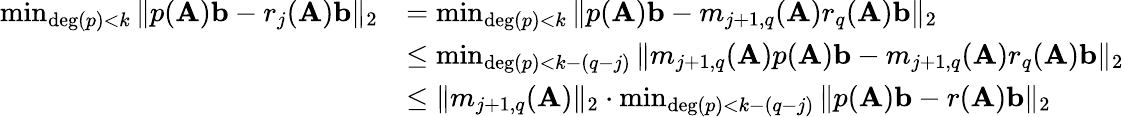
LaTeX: \begin{array}{rl}{\operatorname*{min}_{\mathrm{deg}(p)<k}\| p(\mathbf{A})\mathbf{b}-r_{j}(\mathbf{A})\mathbf{b}\| _{2}}&{=\operatorname*{min}_{\mathrm{deg}(p)<k}\| p(\mathbf{A})\mathbf{b}-m_{j+1,q}(\mathbf{A})r_{q}(\mathbf{A})\mathbf{b}\| _{2}}\\ &{\leq\operatorname*{min}_{\mathrm{deg}(p)<k-(q-j)}\| m_{j+1,q}(\mathbf{A})p(\mathbf{A})\mathbf{b}-m_{j+1,q}(\mathbf{A})r_{q}(\mathbf{A})\mathbf{b}\| _{2}}\\ &{\leq\| m_{j+1,q}(\mathbf{A})\| _{2}\cdot\operatorname*{min}_{\mathrm{deg}(p)<k-(q-j)}\| p(\mathbf{A})\mathbf{b}-r(\mathbf{A})\mathbf{b}\| _{2}}\end{array}